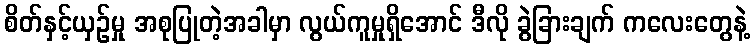
စိတ်နှင့်ယှဉ်မှု အစုပြုတဲ့အခါမှာ လွယ်ကူမှုရှိအောင် ဒီလို ခွဲခြားချက် ကလေးတွေနဲ့